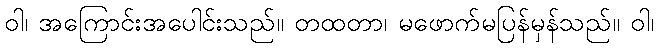
ဝါ၊ အကြောင်းအပေါင်းသည်။ တထတာ၊ မဖောက်မပြန်မှန်သည်။ ဝါ၊